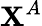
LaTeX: \mathbf{X}^{A}